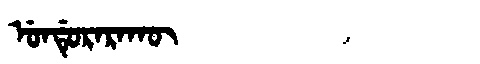
Manchu: ᡠᠨᡩᡠᡵᠠᡵᠠᡴᡡ
Romanization: UNDURARAKŪ